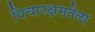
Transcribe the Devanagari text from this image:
विचारक्षमतेला